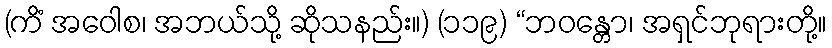
(ကိံ အဝေါစ၊ အဘယ်သို့ ဆိုသနည်း။) (၁၁၉) “ဘဝန္တော၊ အရှင်ဘုရားတို့။